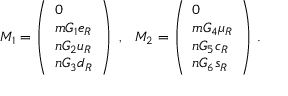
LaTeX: M _ { 1 } = \left( \begin{array} { l } { { 0 } } \\ { { m G _ { 1 } e _ { R } } } \\ { { n G _ { 2 } u _ { R } } } \\ { { n G _ { 3 } d _ { R } } } \end{array} \right) ~ , ~ ~ M _ { 2 } = \left( \begin{array} { l } { { 0 } } \\ { { m G _ { 4 } \mu _ { R } } } \\ { { n G _ { 5 } c _ { R } } } \\ { { n G _ { 6 } s _ { R } } } \end{array} \right) \, .